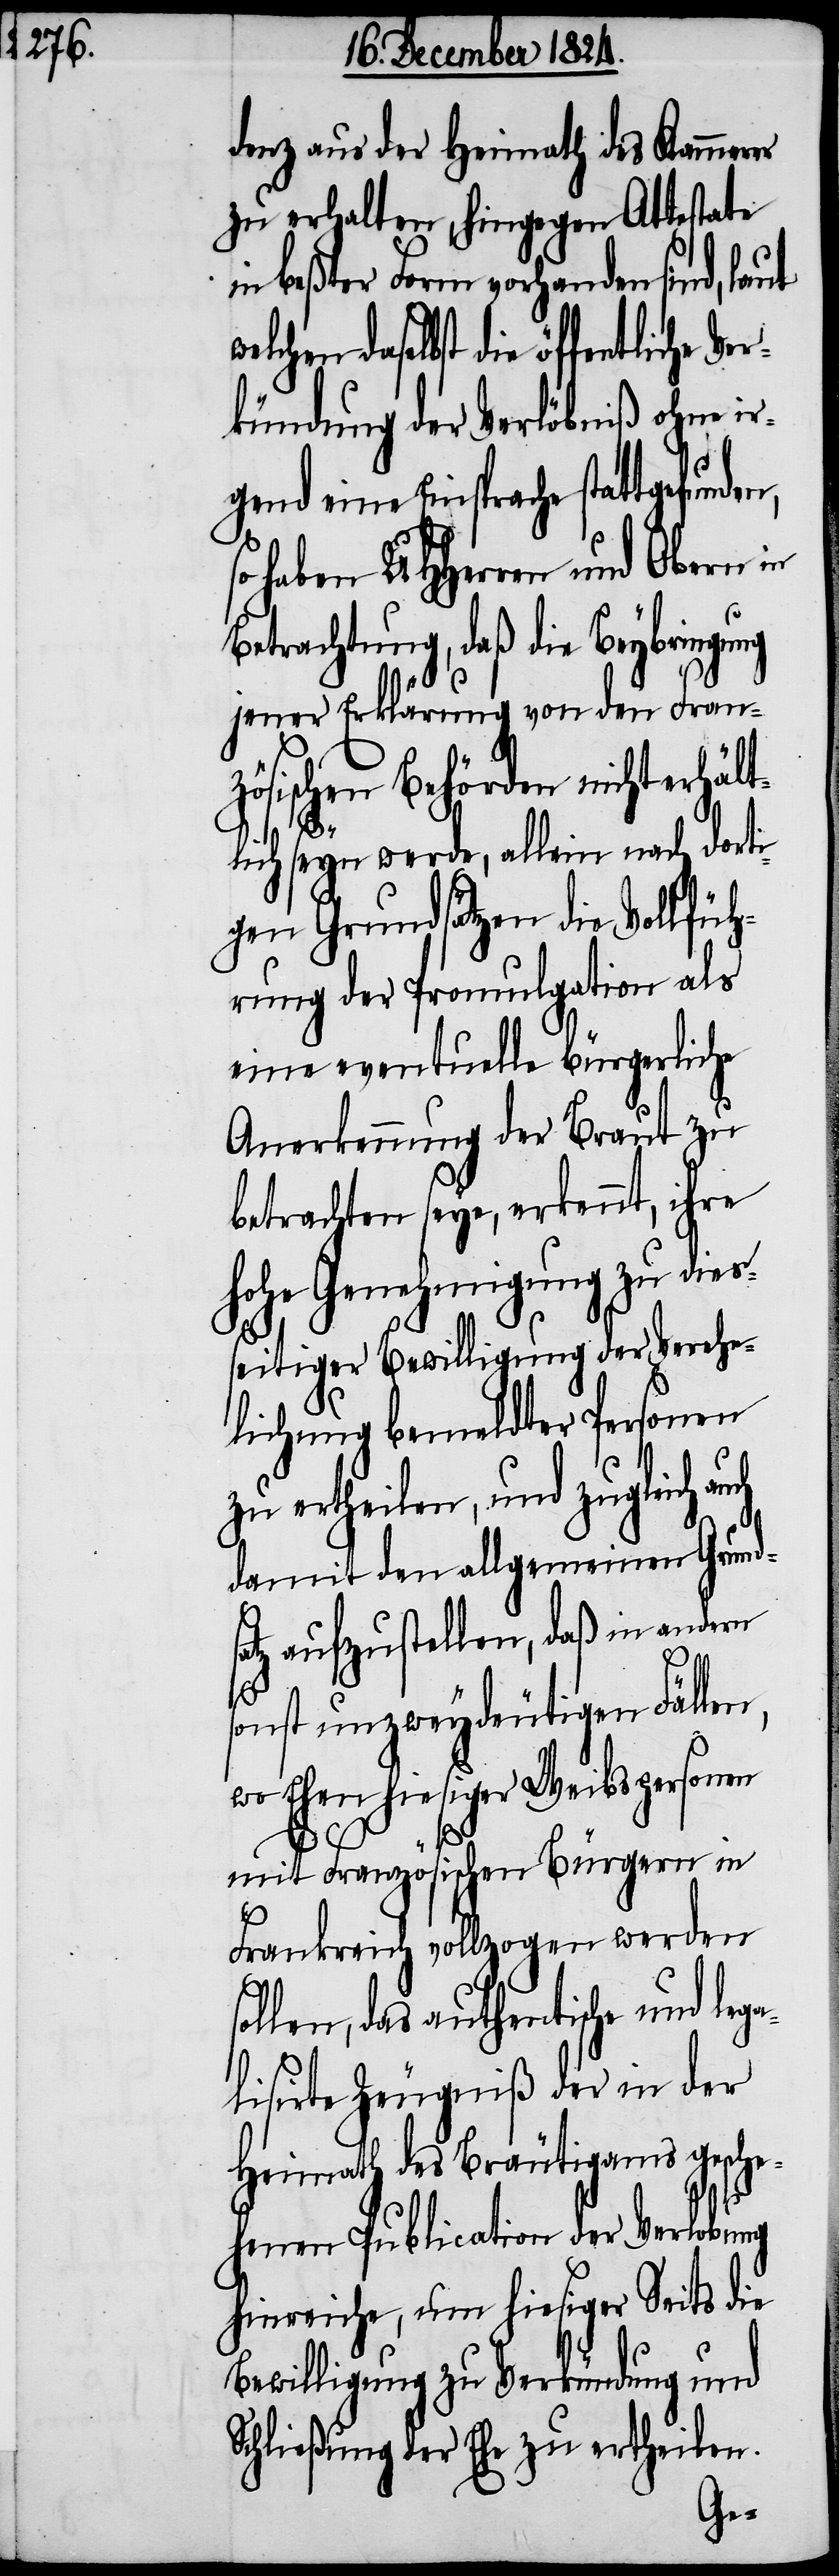
denz aus der Heimath des Kammerer
zu erhalten, hingegen Attestate
in beßter Form vorhanden sind,
daselbst die öffentliche Ver¬
kündung der Verlöbniß ohne ir¬
gend eine Einsprache stattgefunden,
haben UHHerren und Obern in
etrachtung, daß die Beybring¬
jener Erklärung von den Fran¬
zösischen Behörden nicht erhält¬
ga¬
lich seyn werde, allein nach dorti¬
gen Grundsätzen die Vollfüh¬
rung der Promulgation als
eine eventuelle bürgerliche
Anerkennung der Braut zu
betrachten seye, erkennt, ihre
hohe Genehmigung zu dies¬
seitiger Bewilligung der Verehe¬
lichung bemeldter Personen
zu ertheilen, und zugleich auch
damit den allgemeinen Grunds¬
atz aufzustellen, daß in andern
sonst unzweydeutigen Fällen,
wo Ehen hiesiger Weibspersonen
ung
mit Französischen Bürgern in
Frankreich vollzogen werden
len, das authentische und le¬
lisirte Zeugniß der in der
Heimath des Bräutigams gesche¬
henen Publication der Verlobung
hinreiche, um hiesiger Seits die
Bewilligung zu Verkündung und
Schließung der Ehe zu ertheilen.